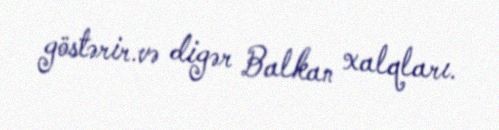
göstərir.və digər Balkan xalqları.